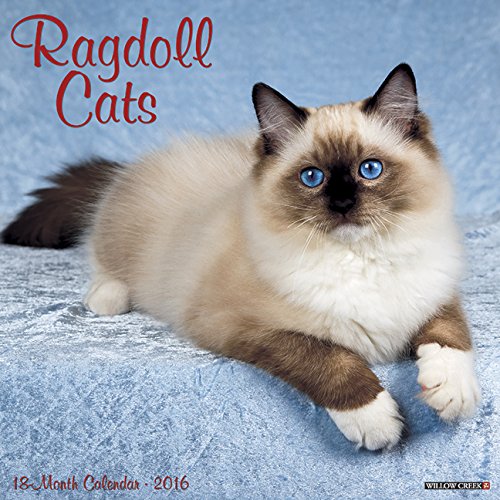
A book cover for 2016 Ragdoll Cats Wall Calendar; Willow Creek Press; Calendars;